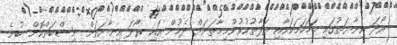
ރޯދަ އިނާޔަތުގައި ހަމަހަމަކަމާއި ތަފާތުކުރުންމިހާތަނަށް ދެމުން އައި ރޯދަ އިނާޔަތަށް ނިސްބަތްކޮށް ބުނެ